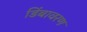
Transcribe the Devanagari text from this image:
डिंबावरण